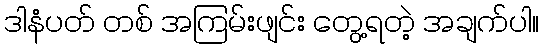
ဒါနံပတ် တစ် အကြမ်းဖျင်း တွေ့ရတဲ့ အချက်ပါ။